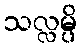
သလ္လမ္ပိ